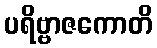
ပရိဗ္ဗာဇကောတိ